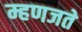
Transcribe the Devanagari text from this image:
म्हणजते